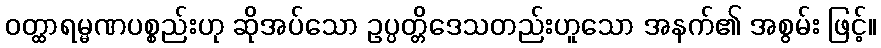
ဝတ္ထာရမ္မဏပစ္စည်းဟု ဆိုအပ်သော ဥပ္ပတ္တိဒေသတည်းဟူသော အနက်၏ အစွမ်း ဖြင့်။